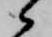
々